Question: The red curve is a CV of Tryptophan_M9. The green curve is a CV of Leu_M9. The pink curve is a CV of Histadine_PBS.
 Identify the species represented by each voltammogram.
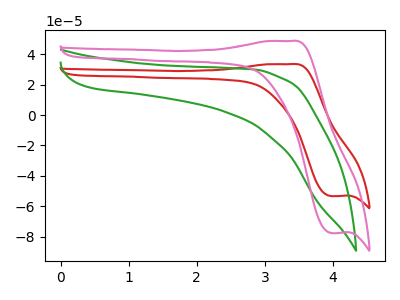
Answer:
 <answer>The red curve is labeled "Tryptophan_M9". The green curve is labeled "Leu_M9". The pink curve is labeled "Histadine_PBS".</answer>
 <eval></eval>